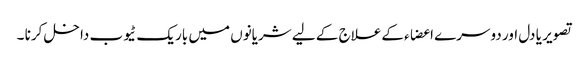
تصویر یا دل اور دوسرے اعضاء کےعلاج کے لیے شریانوں میں باریک ٹیوب داخل کرنا ۔